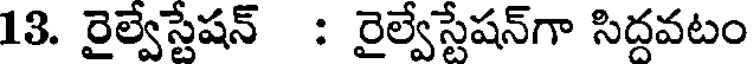
13. రైల్వేస్టేషన్ : రైల్వేస్టేషన్గా సిద్దవటం